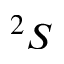
^ { 2 } S